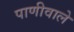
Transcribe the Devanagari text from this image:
पाणीवाले